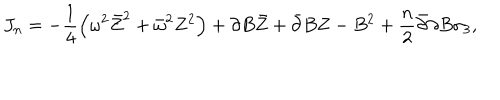
J _ { n } = - \frac 1 4 \left( \omega ^ { 2 } \bar { Z } ^ { 2 } + \bar { \omega } ^ { 2 } Z ^ { 2 } \right) + \partial B \bar { Z } + \bar { \partial } B Z - B ^ { 2 } + \frac n 2 \bar { \partial } \partial B \sigma _ { 3 } ,